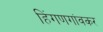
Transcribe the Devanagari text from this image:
हिंगणगांवकर